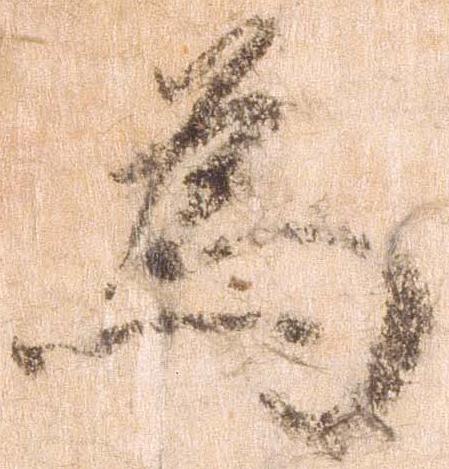
為